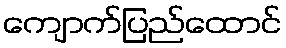
ကျောက်ပြည်ထောင်